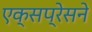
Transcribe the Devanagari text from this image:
एक्सप्रेसने